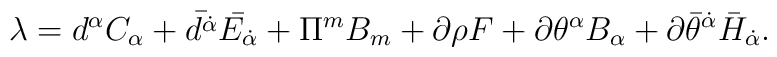
\lambda = d^{\alpha}C_{\alpha} + \bar{d^{\dot\alpha}}\bar{E_{\dot\alpha}} + \Pi^{m}B_{m} + \partial\rho F+\partial\theta^{\alpha}B_{\alpha} + \partial{\bar\theta}^{\dot\alpha}{\bar H}_{\dot\alpha}.